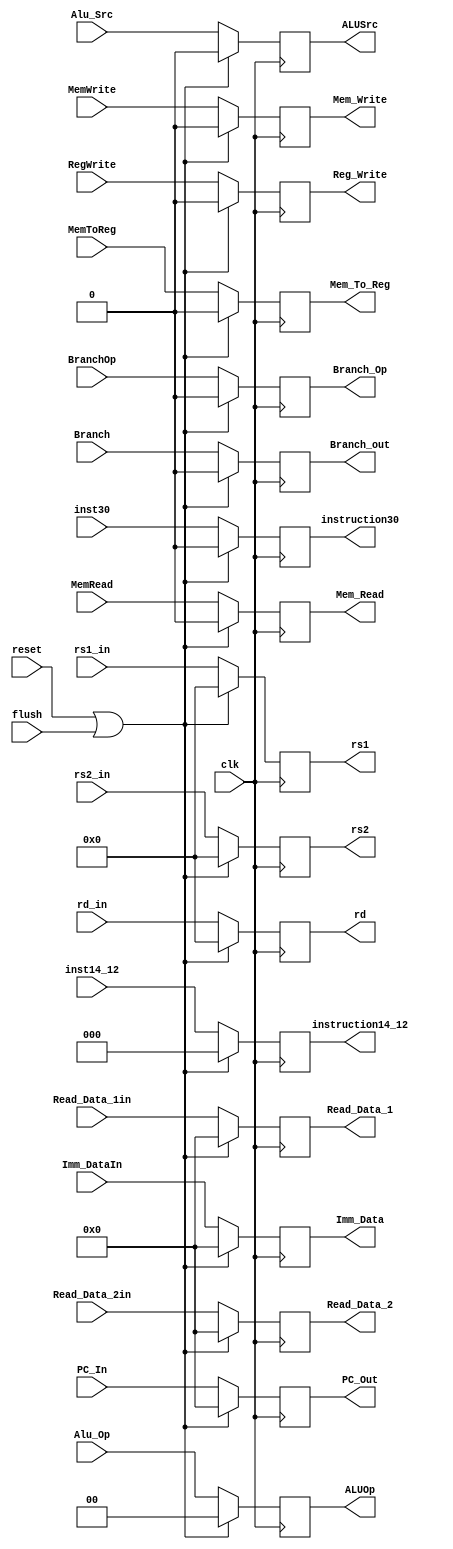
`timescale 1ns / 1ps

module ID_EX_Reg (
    input wire flush, 
    input wire clk,
    input wire reset,
    input wire [1:0] Alu_Op,
    input wire Alu_Src,
    input wire MemRead,
    input wire MemWrite,
    input wire Branch,
    input wire BranchOp,
    input wire MemToReg,
    input wire RegWrite,
    input wire [63:0] PC_In,
    input wire [63:0] Read_Data_1in,
    input wire [63:0] Read_Data_2in,
    input wire [63:0] Imm_DataIn,
    input wire [4:0] rd_in, rs1_in, rs2_in,
    input wire inst30,
    input wire [2:0] inst14_12,
    output reg [1:0] ALUOp,
    output reg ALUSrc,
    output reg Mem_Read,
    output reg Mem_Write,
    output reg Branch_out,
    output reg Branch_Op, 
    output reg Mem_To_Reg,
    output reg Reg_Write,
    output reg [63:0] PC_Out,
    output reg [63:0] Read_Data_1,
    output reg [63:0] Read_Data_2,
    output reg [63:0] Imm_Data,
    output reg [4:0] rd, rs1, rs2,
    output reg instruction30,
    output reg [2:0] instruction14_12
);  
    initial
    begin
        ALUOp = 0;
        ALUSrc = 0;
        Mem_Read = 0;
        Mem_Write = 0;
        Branch_Op = 0;
        Branch_out = 0;
        Mem_To_Reg = 0;
        Reg_Write = 0;
        PC_Out = 0;
        Read_Data_1 = 0;
        Read_Data_2 = 0;
        Imm_Data = 0;
        rd = 0;
        rs1 = 0;
        rs2 = 0;
        instruction30 = 0;
        instruction14_12 = 0;
    end

    always @(posedge clk) 
    begin
        if (reset || flush)
        begin
            ALUOp = 0;
            ALUSrc = 0;
            Mem_Read = 0;
            Mem_Write = 0;
            Branch_Op = 0;
            Branch_out = 0;
            Mem_To_Reg = 0;
            Reg_Write = 0;
            PC_Out = 0;
            Read_Data_1 = 0;
            Read_Data_2 = 0;
            Imm_Data = 0;
            rd = 0;
            rs1 = 0;
            rs2 = 0;
            instruction30 = 0;
            instruction14_12 = 0;        
        end
        else
        begin
            ALUOp = Alu_Op;
            ALUSrc = Alu_Src;
            Mem_Read = MemRead;
            Mem_Write = MemWrite;
            Branch_Op = BranchOp;
            Branch_out = Branch;
            Mem_To_Reg = MemToReg;
            Reg_Write = RegWrite;
            PC_Out = PC_In;
            Read_Data_1 = Read_Data_1in;
            Read_Data_2 = Read_Data_2in;
            Imm_Data = Imm_DataIn;
            rd = rd_in;
            rs1 = rs1_in;
            rs2 = rs2_in;
            instruction30 = inst30;
            instruction14_12 = inst14_12;
        end
    end
    
endmodule